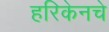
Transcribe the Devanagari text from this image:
हरिकेनचे